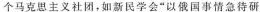
个马克思主义社团，如新民学会”以俄国事情急待研